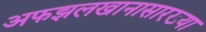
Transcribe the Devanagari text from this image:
अफझलखानासारख्या